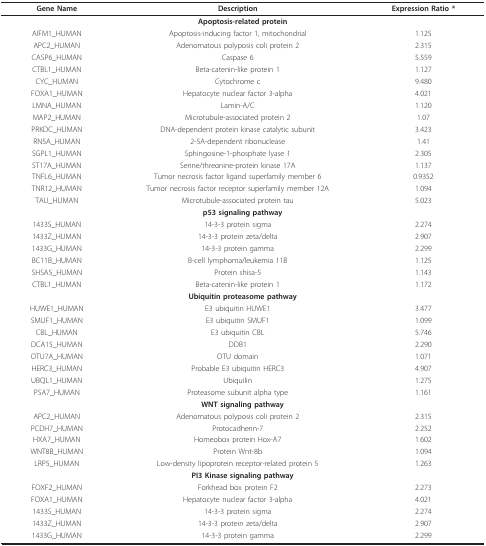
<table><thead><tr><td><b>Gene Name</b></td><td><b>Description</b></td><td><b>Expression Ratio *</b></td></tr></thead><tbody><tr><td colspan="3"><b>Apoptosis-related protein</b></td></tr><tr><td>AIFM1_HUMAN</td><td>Apoptosis-inducing factor 1, mitochondrial</td><td>1.125</td></tr><tr><td>APC2_HUMAN</td><td>Adenomatous polyposis coli protein 2</td><td>2.315</td></tr><tr><td>CASP6_HUMAN</td><td>Caspase 6</td><td>5.559</td></tr><tr><td>CTBL1_HUMAN</td><td>Beta-catenin-like protein 1</td><td>1.127</td></tr><tr><td>CYC_HUMAN</td><td>Cytochrome c</td><td>9.480</td></tr><tr><td>FOXA1_HUMAN</td><td>Hepatocyte nuclear factor 3-alpha</td><td>4.021</td></tr><tr><td>LMNA_HUMAN</td><td>Lamin-A/C</td><td>1.120</td></tr><tr><td>MAP2_HUMAN</td><td>Microtubule-associated protein 2</td><td>1.07</td></tr><tr><td>PRKDC_HUMAN</td><td>DNA-dependent protein kinase catalytic subunit</td><td>3.423</td></tr><tr><td>RN5A_HUMAN</td><td>2-5A-dependent ribonuclease</td><td>1.41</td></tr><tr><td>SGPL1_HUMAN</td><td>Sphingosine-1-phosphate lyase 1</td><td>2.305</td></tr><tr><td>ST17A_HUMAN</td><td>Serine/threonine-protein kinase 17A</td><td>1.137</td></tr><tr><td>TNFL6_HUMAN</td><td>Tumor necrosis factor ligand superfamily member 6</td><td>0.9352</td></tr><tr><td>TNR12_HUMAN</td><td>Tumor necrosis factor receptor superfamily member 12A</td><td>1.094</td></tr><tr><td>TAU_HUMAN</td><td>Microtubule-associated protein tau</td><td>5.023</td></tr><tr><td colspan="3"><b>p53 signaling pathway</b></td></tr><tr><td>1433S_HUMAN</td><td>14-3-3 protein sigma</td><td>2.274</td></tr><tr><td>1433Z_HUMAN</td><td>14-3-3 protein zeta/delta</td><td>2.907</td></tr><tr><td>1433G_HUMAN</td><td>14-3-3 protein gamma</td><td>2.299</td></tr><tr><td>BC11B_HUMAN</td><td>B-cell lymphoma/leukemia 11B</td><td>1.125</td></tr><tr><td>SHSA5_HUMAN</td><td>Protein shisa-5</td><td>1.143</td></tr><tr><td>CTBL1_HUMAN</td><td>Beta-catenin-like protein 1</td><td>1.172</td></tr><tr><td colspan="3"><b>Ubiquitin proteasome pathway</b></td></tr><tr><td>HUWE1_HUMAN</td><td>E3 ubiquitin HUWE1</td><td>3.477</td></tr><tr><td>SMUF1_HUMAN</td><td>E3 ubiquitin SMUF1</td><td>1.099</td></tr><tr><td>CBL_HUMAN</td><td>E3 ubiquitin CBL</td><td>5.746</td></tr><tr><td>DCA15_HUMAN</td><td>DDB1</td><td>2.290</td></tr><tr><td>OTU7A_HUMAN</td><td>OTU domain</td><td>1.071</td></tr><tr><td>HERC3_HUMAN</td><td>Probable E3 ubiquitin HERC3</td><td>4.907</td></tr><tr><td>UBQL1_HUMAN</td><td>Ubiquilin</td><td>1.275</td></tr><tr><td>PSA7_HUMAN</td><td>Proteasome subunit alpha type</td><td>1.161</td></tr><tr><td colspan="3"><b>WNT signaling pathway</b></td></tr><tr><td>APC2_HUMAN</td><td>Adenomatous polyposis coli protein 2</td><td>2.315</td></tr><tr><td>PCDH7_HUMAN</td><td>Protocadherin-7</td><td>2.252</td></tr><tr><td>HXA7_HUMAN</td><td>Homeobox protein Hox-A7</td><td>1.602</td></tr><tr><td>WNT8B_HUMAN</td><td>Protein Wnt-8b</td><td>1.094</td></tr><tr><td>LRP5_HUMAN</td><td>Low-density lipoprotein receptor-related protein 5</td><td>1.263</td></tr><tr><td colspan="3"><b>PI3 Kinase signaling pathway</b></td></tr><tr><td>FOXF2_HUMAN</td><td>Forkhead box protein F2</td><td>2.273</td></tr><tr><td>FOXA1_HUMAN</td><td>Hepatocyte nuclear factor 3-alpha</td><td>4.021</td></tr><tr><td>1433S_HUMAN</td><td>14-3-3 protein sigma</td><td>2.274</td></tr><tr><td>1433Z_HUMAN</td><td>14-3-3 protein zeta/delta</td><td>2.907</td></tr><tr><td>1433G_HUMAN</td><td>14-3-3 protein gamma</td><td>2.299</td></tr></tbody></table>